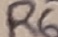
Text: R6